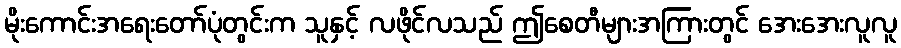
မိုးကောင်းအရေးတော်ပုံတွင်းက သူနှင့် လဖိုင်လသည် ဤစေတီများအကြားတွင် အေးအေးလူလူ